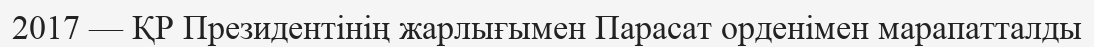
2017 — ҚР Президентінің жарлығымен Парасат орденімен марапатталды